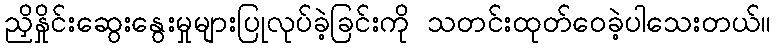
ညှိနှိုင်းဆွေးနွေးမှုများပြုလုပ်ခဲ့ခြင်းကို သတင်းထုတ်ဝေခဲ့ပါသေးတယ်။